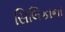
સિલિકાના